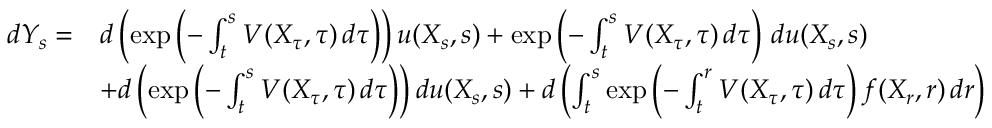
{ \begin{array} { r l } { d Y _ { s } = } & { d \left( \exp \left( - \int _ { t } ^ { s } V ( X _ { \tau } , \tau ) \, d \tau \right) \right) u ( X _ { s } , s ) + \exp \left( - \int _ { t } ^ { s } V ( X _ { \tau } , \tau ) \, d \tau \right) \, d u ( X _ { s } , s ) } \\ & { + d \left( \exp \left( - \int _ { t } ^ { s } V ( X _ { \tau } , \tau ) \, d \tau \right) \right) d u ( X _ { s } , s ) + d \left( \int _ { t } ^ { s } \exp \left( - \int _ { t } ^ { r } V ( X _ { \tau } , \tau ) \, d \tau \right) f ( X _ { r } , r ) \, d r \right) } \end{array} }